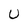
Character: U